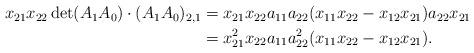
LaTeX: \begin{align*}\begin{aligned}x_{21} x_{22} \det(A_1A_0)\cdot (A_1A_0)_{2,1}&= x_{21}x_{22} a_{11}a_{22}(x_{11}x_{22}-x_{12}x_{21})a_{22} x_{21} \\ &= x_{21}^2 x_{22} a_{11}a_{22}^2 (x_{11}x_{22} - x_{12} x_{21}).\\ \end{aligned}\end{align*}